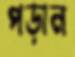
পড়ান